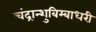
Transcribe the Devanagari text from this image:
चंद्रान्शुबिम्बाधरी